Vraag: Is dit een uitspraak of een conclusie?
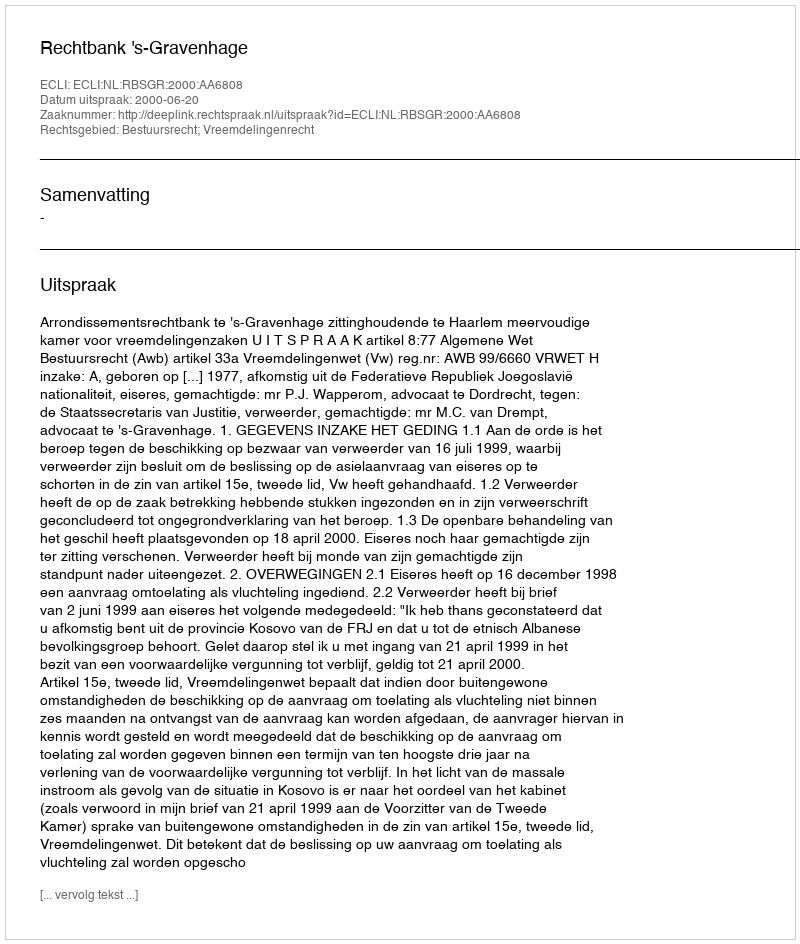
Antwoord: Uitspraak